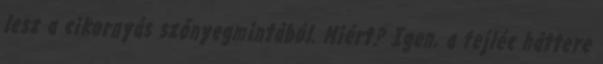
lesz a cikornyás szőnyegmintából. Miért? Igen, a fejléc háttere